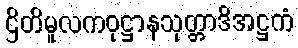
ဌိတိမူလကဝုဋ္ဌာနသုတ္တာဒိအဋ္ဌကံ